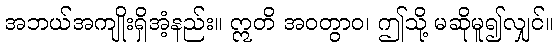
အဘယ်အကျိုးရှိအံ့နည်း။ ဣတိ အဝတွာဝ၊ ဤသို့ မဆိုမူ၍လျှင်။